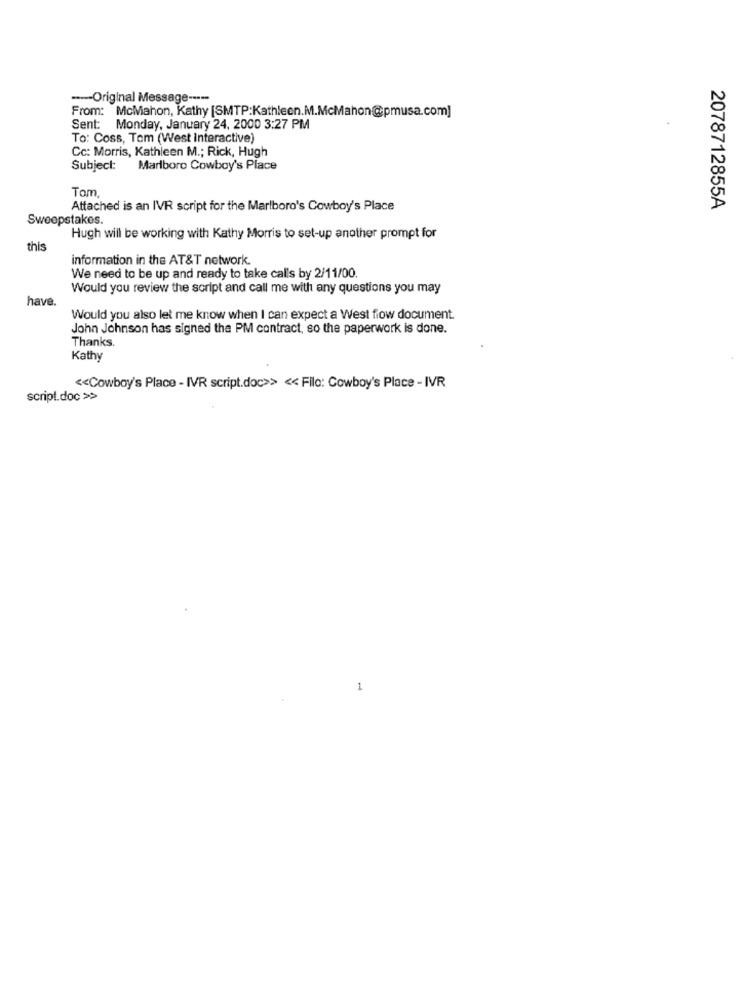
-- Original Message -----
From: McMahon, Kathy [SMTP:Kathleen.M.McMahon@pmusa.com]
Sent: Monday, January 24, 2000 3:27 PM
To: Coss, Tom (West interactive)
Cc: Morris, Kathleen M .; Rick, Hugh
Subject:
Marlboro Cowboy's Place
Tom.
Attached is an IVR script for the Marlboro's Cowboy's Place
2078712855A
Sweepstakes.
Hugh will be working with Kathy Morris to set-up another prompt for
this
information in the AT&T network.
We need to be up and ready to take calls by 2/11/00.
Would you review the script and call me with any questions you may
have.
Would you also let me know when I can expect a West frow document.
John Johnson has signed the PM contract, so the paperwork is done.
Thanks.
Kathy
<< Cowboy's Place - IVR script.doc>> << Filo: Cowboy's Place - IVR
script.doc >>
1